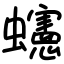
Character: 䘆